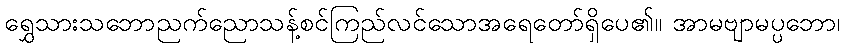
ရွှေသားသဘောညက်ညောသန့်စင်ကြည်လင်သောအရေတော်ရှိပေ၏။ အာမဗျာမပ္ပဘော၊